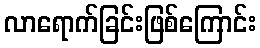
လာရောက်ခြင်းဖြစ်ကြောင်း